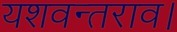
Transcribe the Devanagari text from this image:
यशवन्तराव।